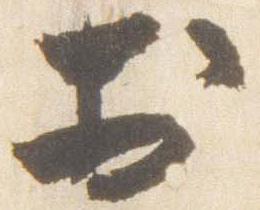
於